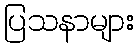
ပြသနာများ